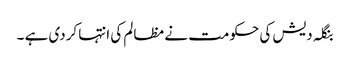
بنگلہ دیش کی حکومت نے مظالم کی انتہا کردی ہے ۔